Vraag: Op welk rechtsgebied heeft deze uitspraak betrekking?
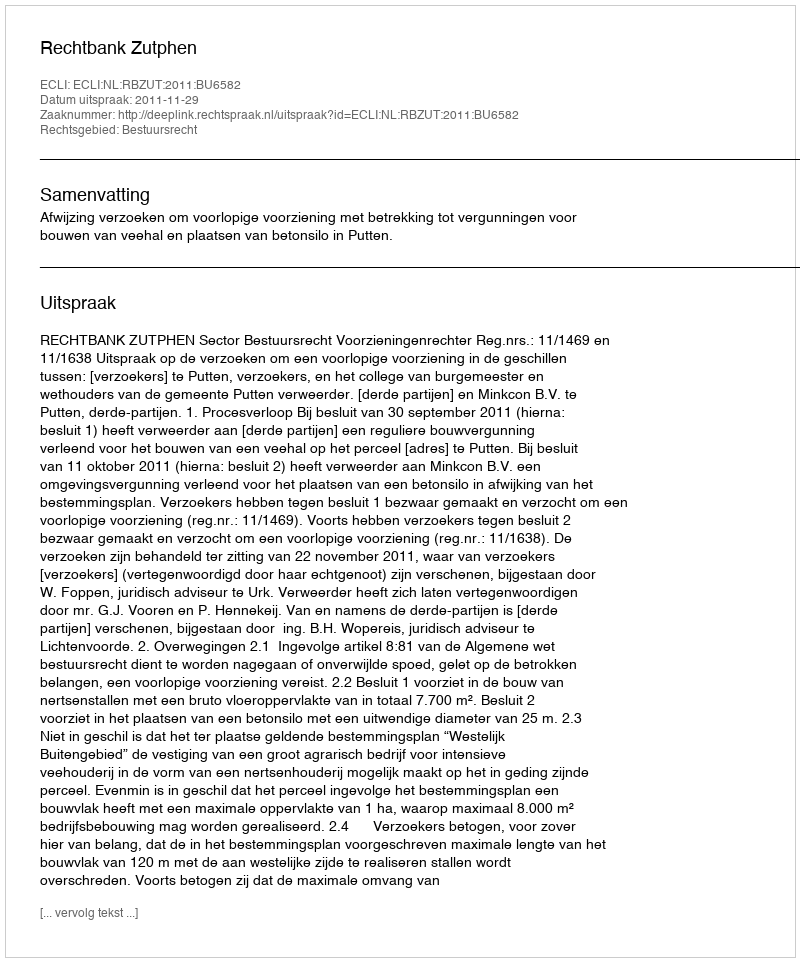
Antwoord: Bestuursrecht